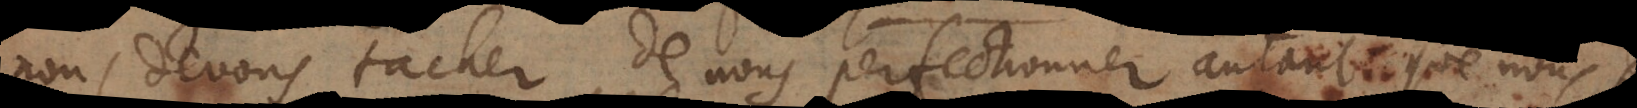
nous devons tacher de nous perfectionner autant qu’il